Bréfritari: Sigríður Pálsdóttir
Viðtakandi: Páll Pálsson
Dagsetning: A-1853-04-24
Skrifað á: Hraungerði  Árn.
Páll var bróðir Sigríðar

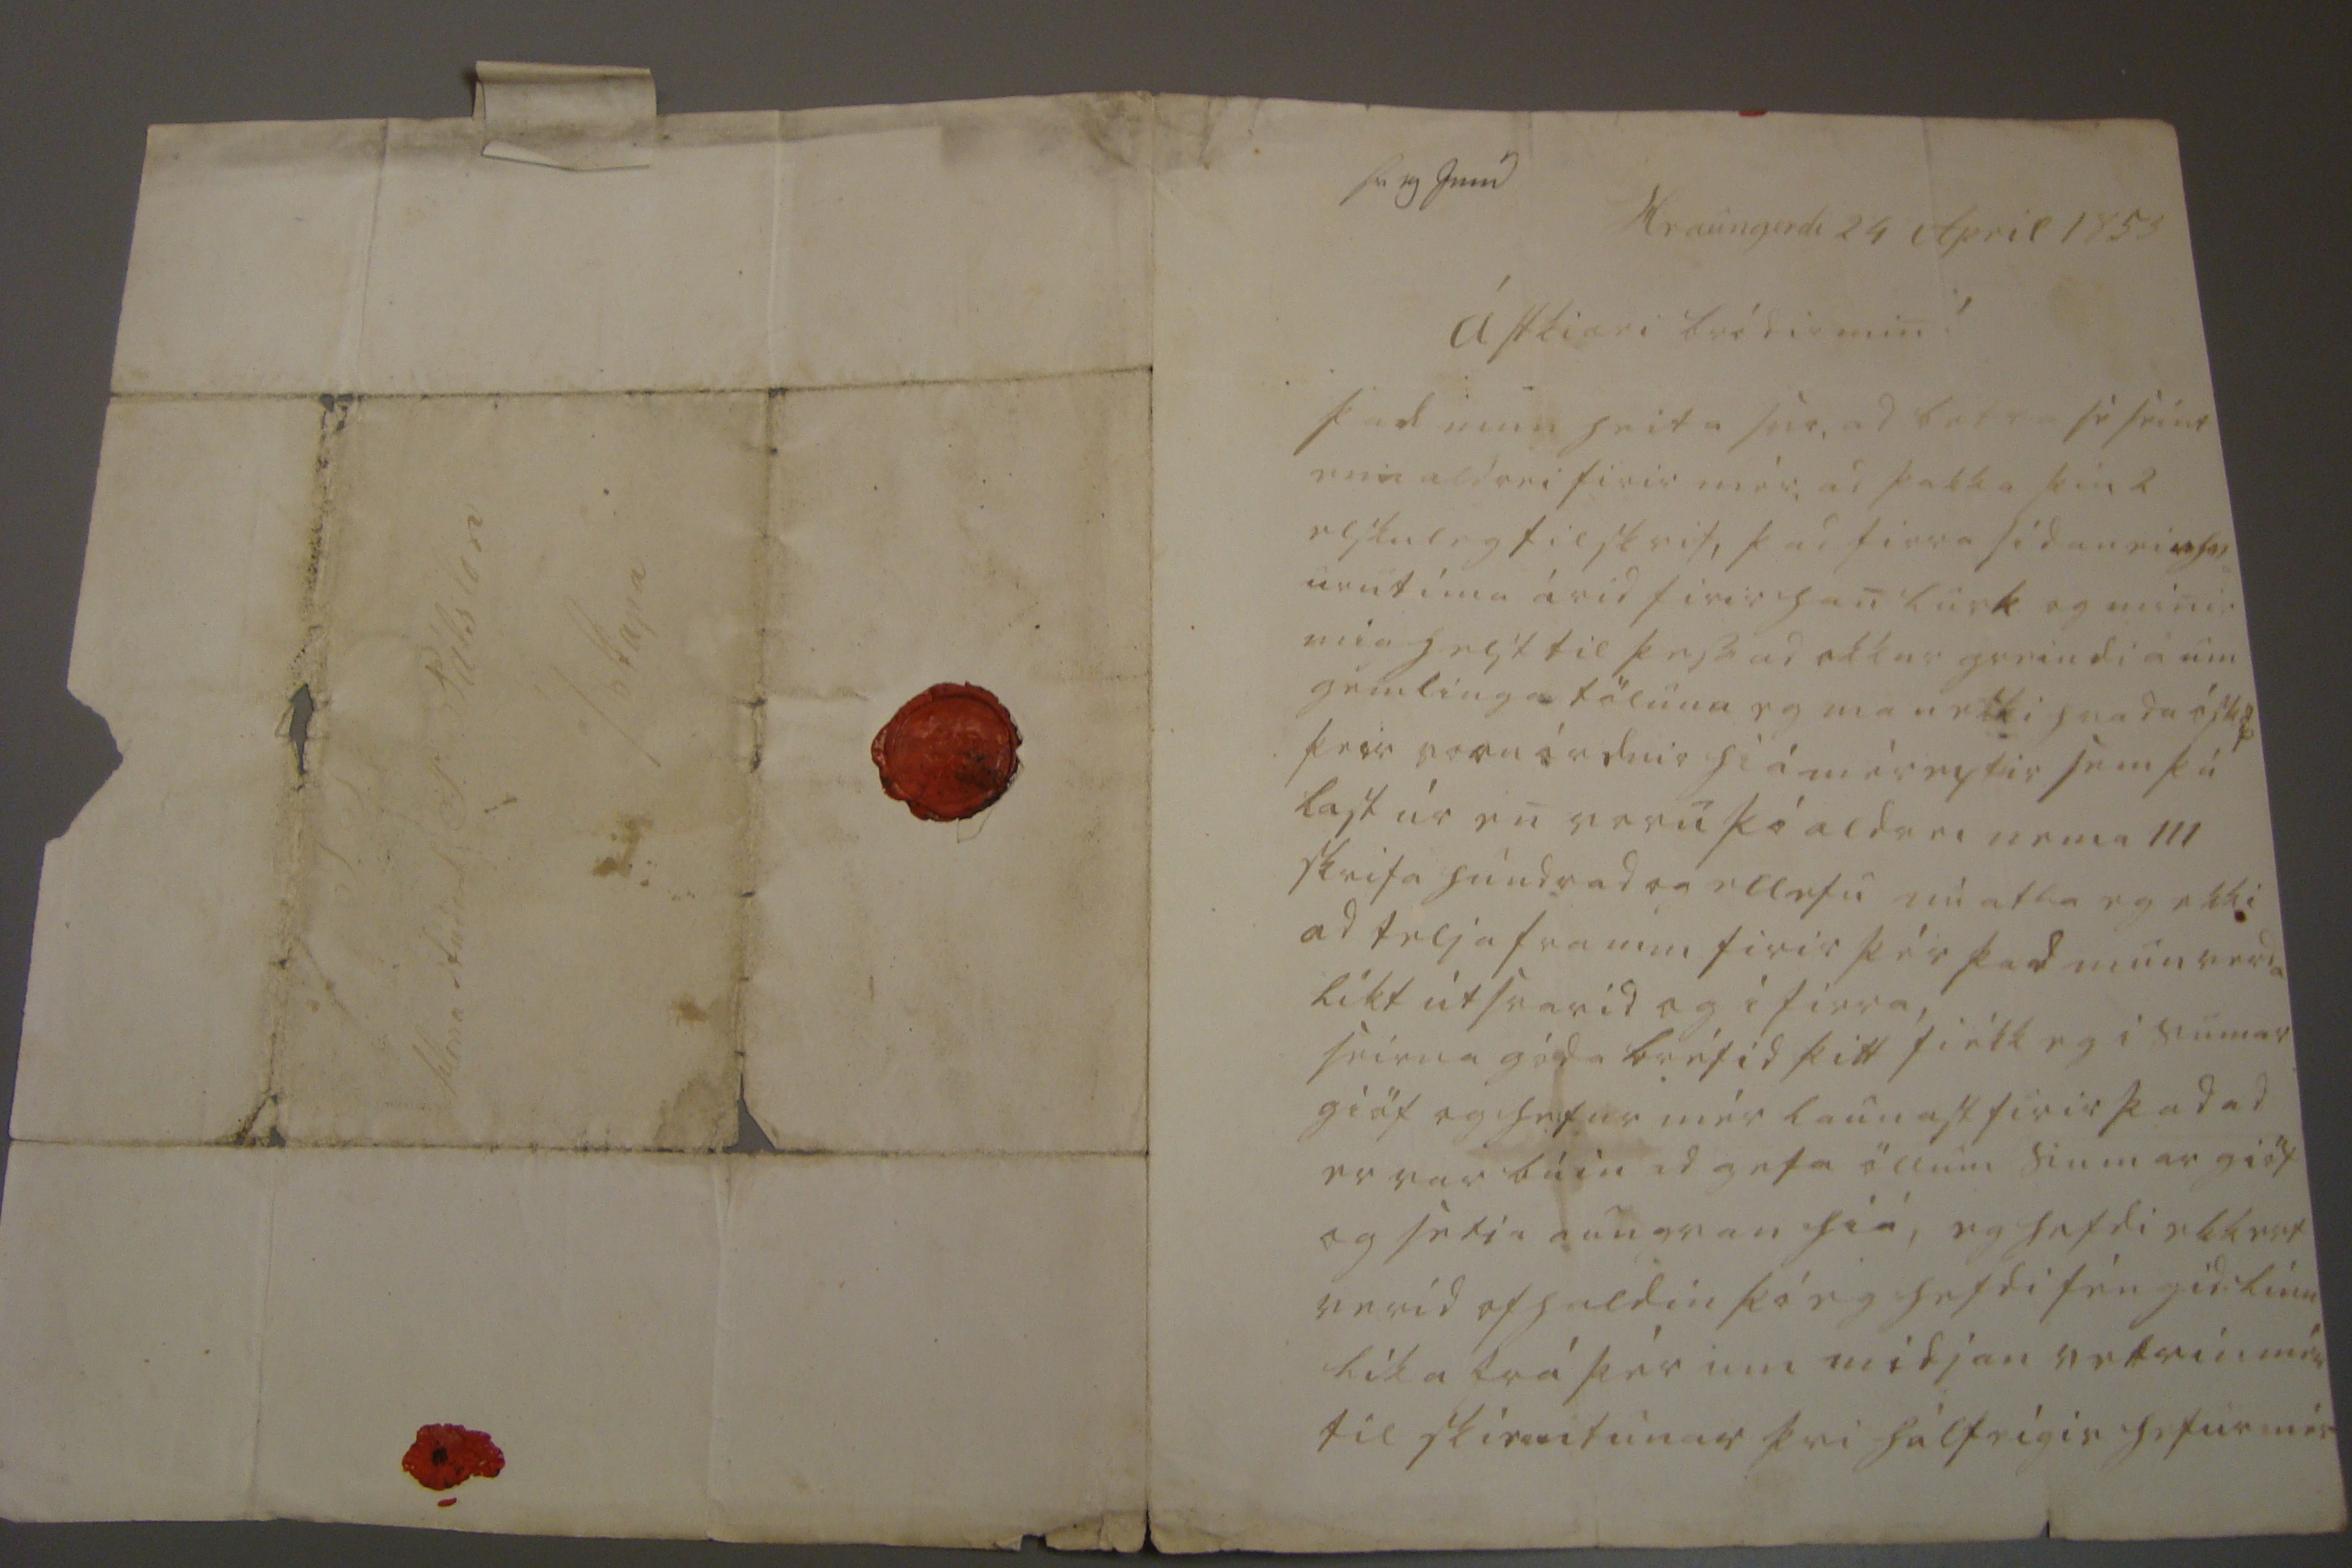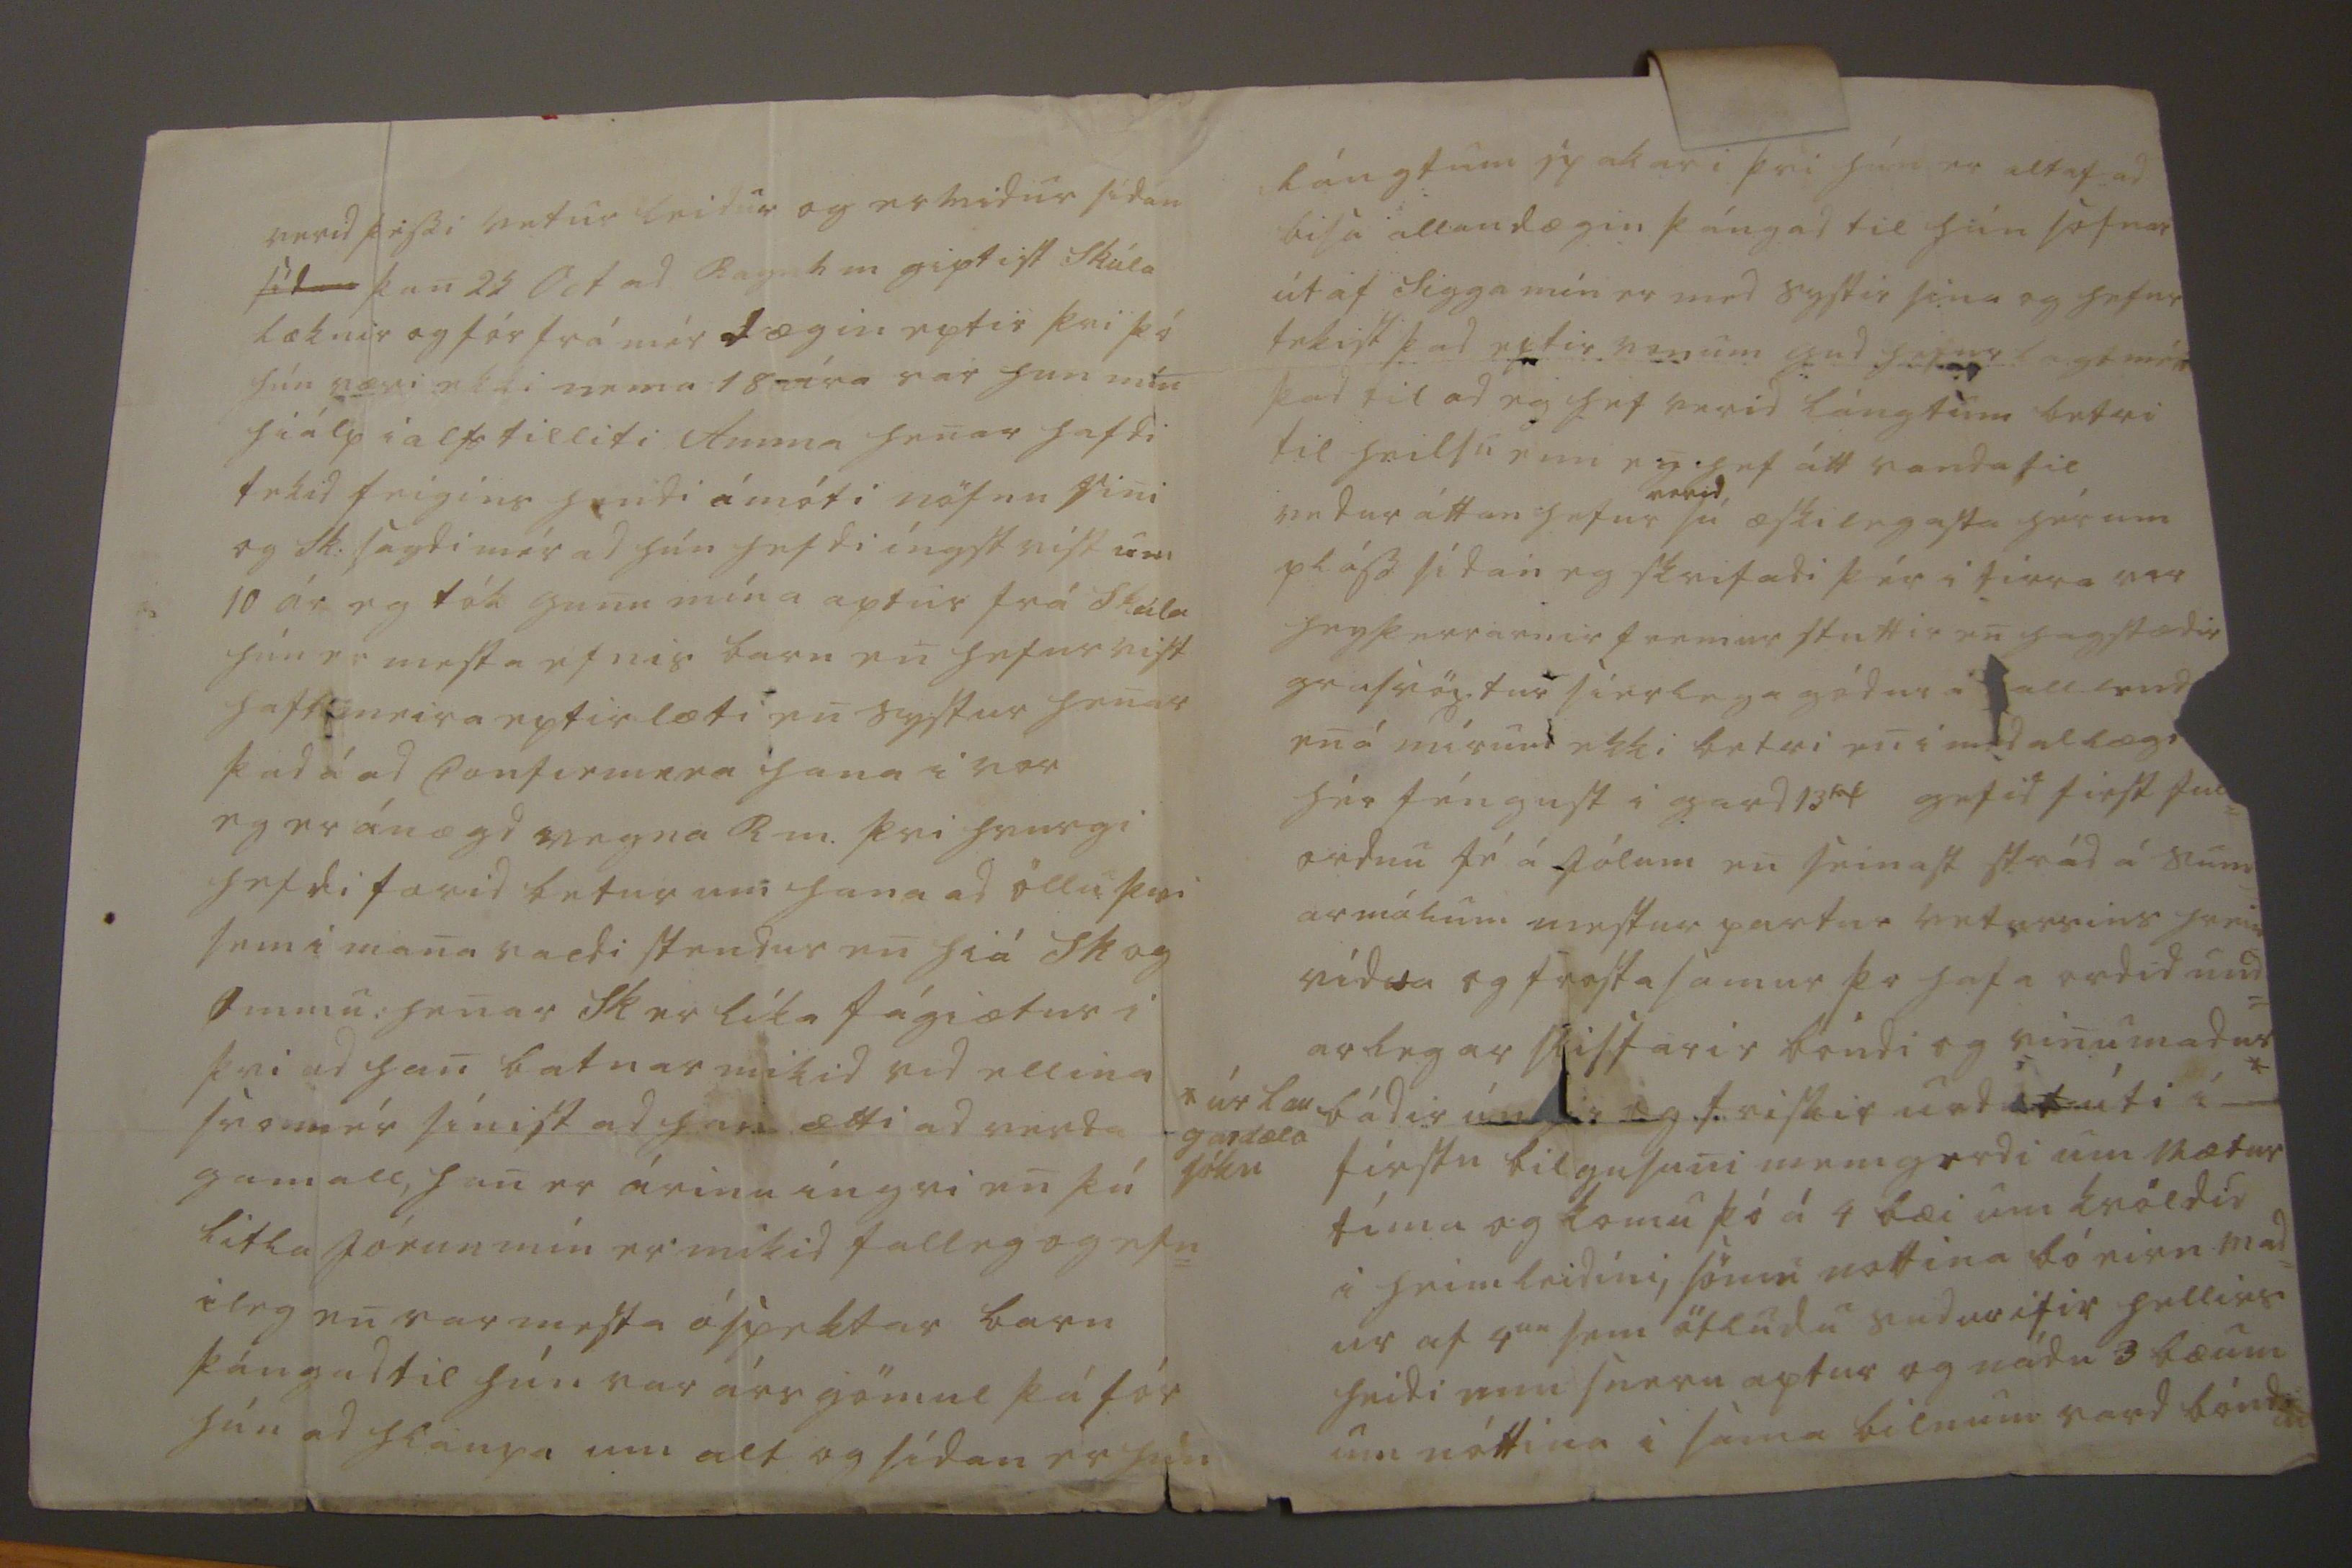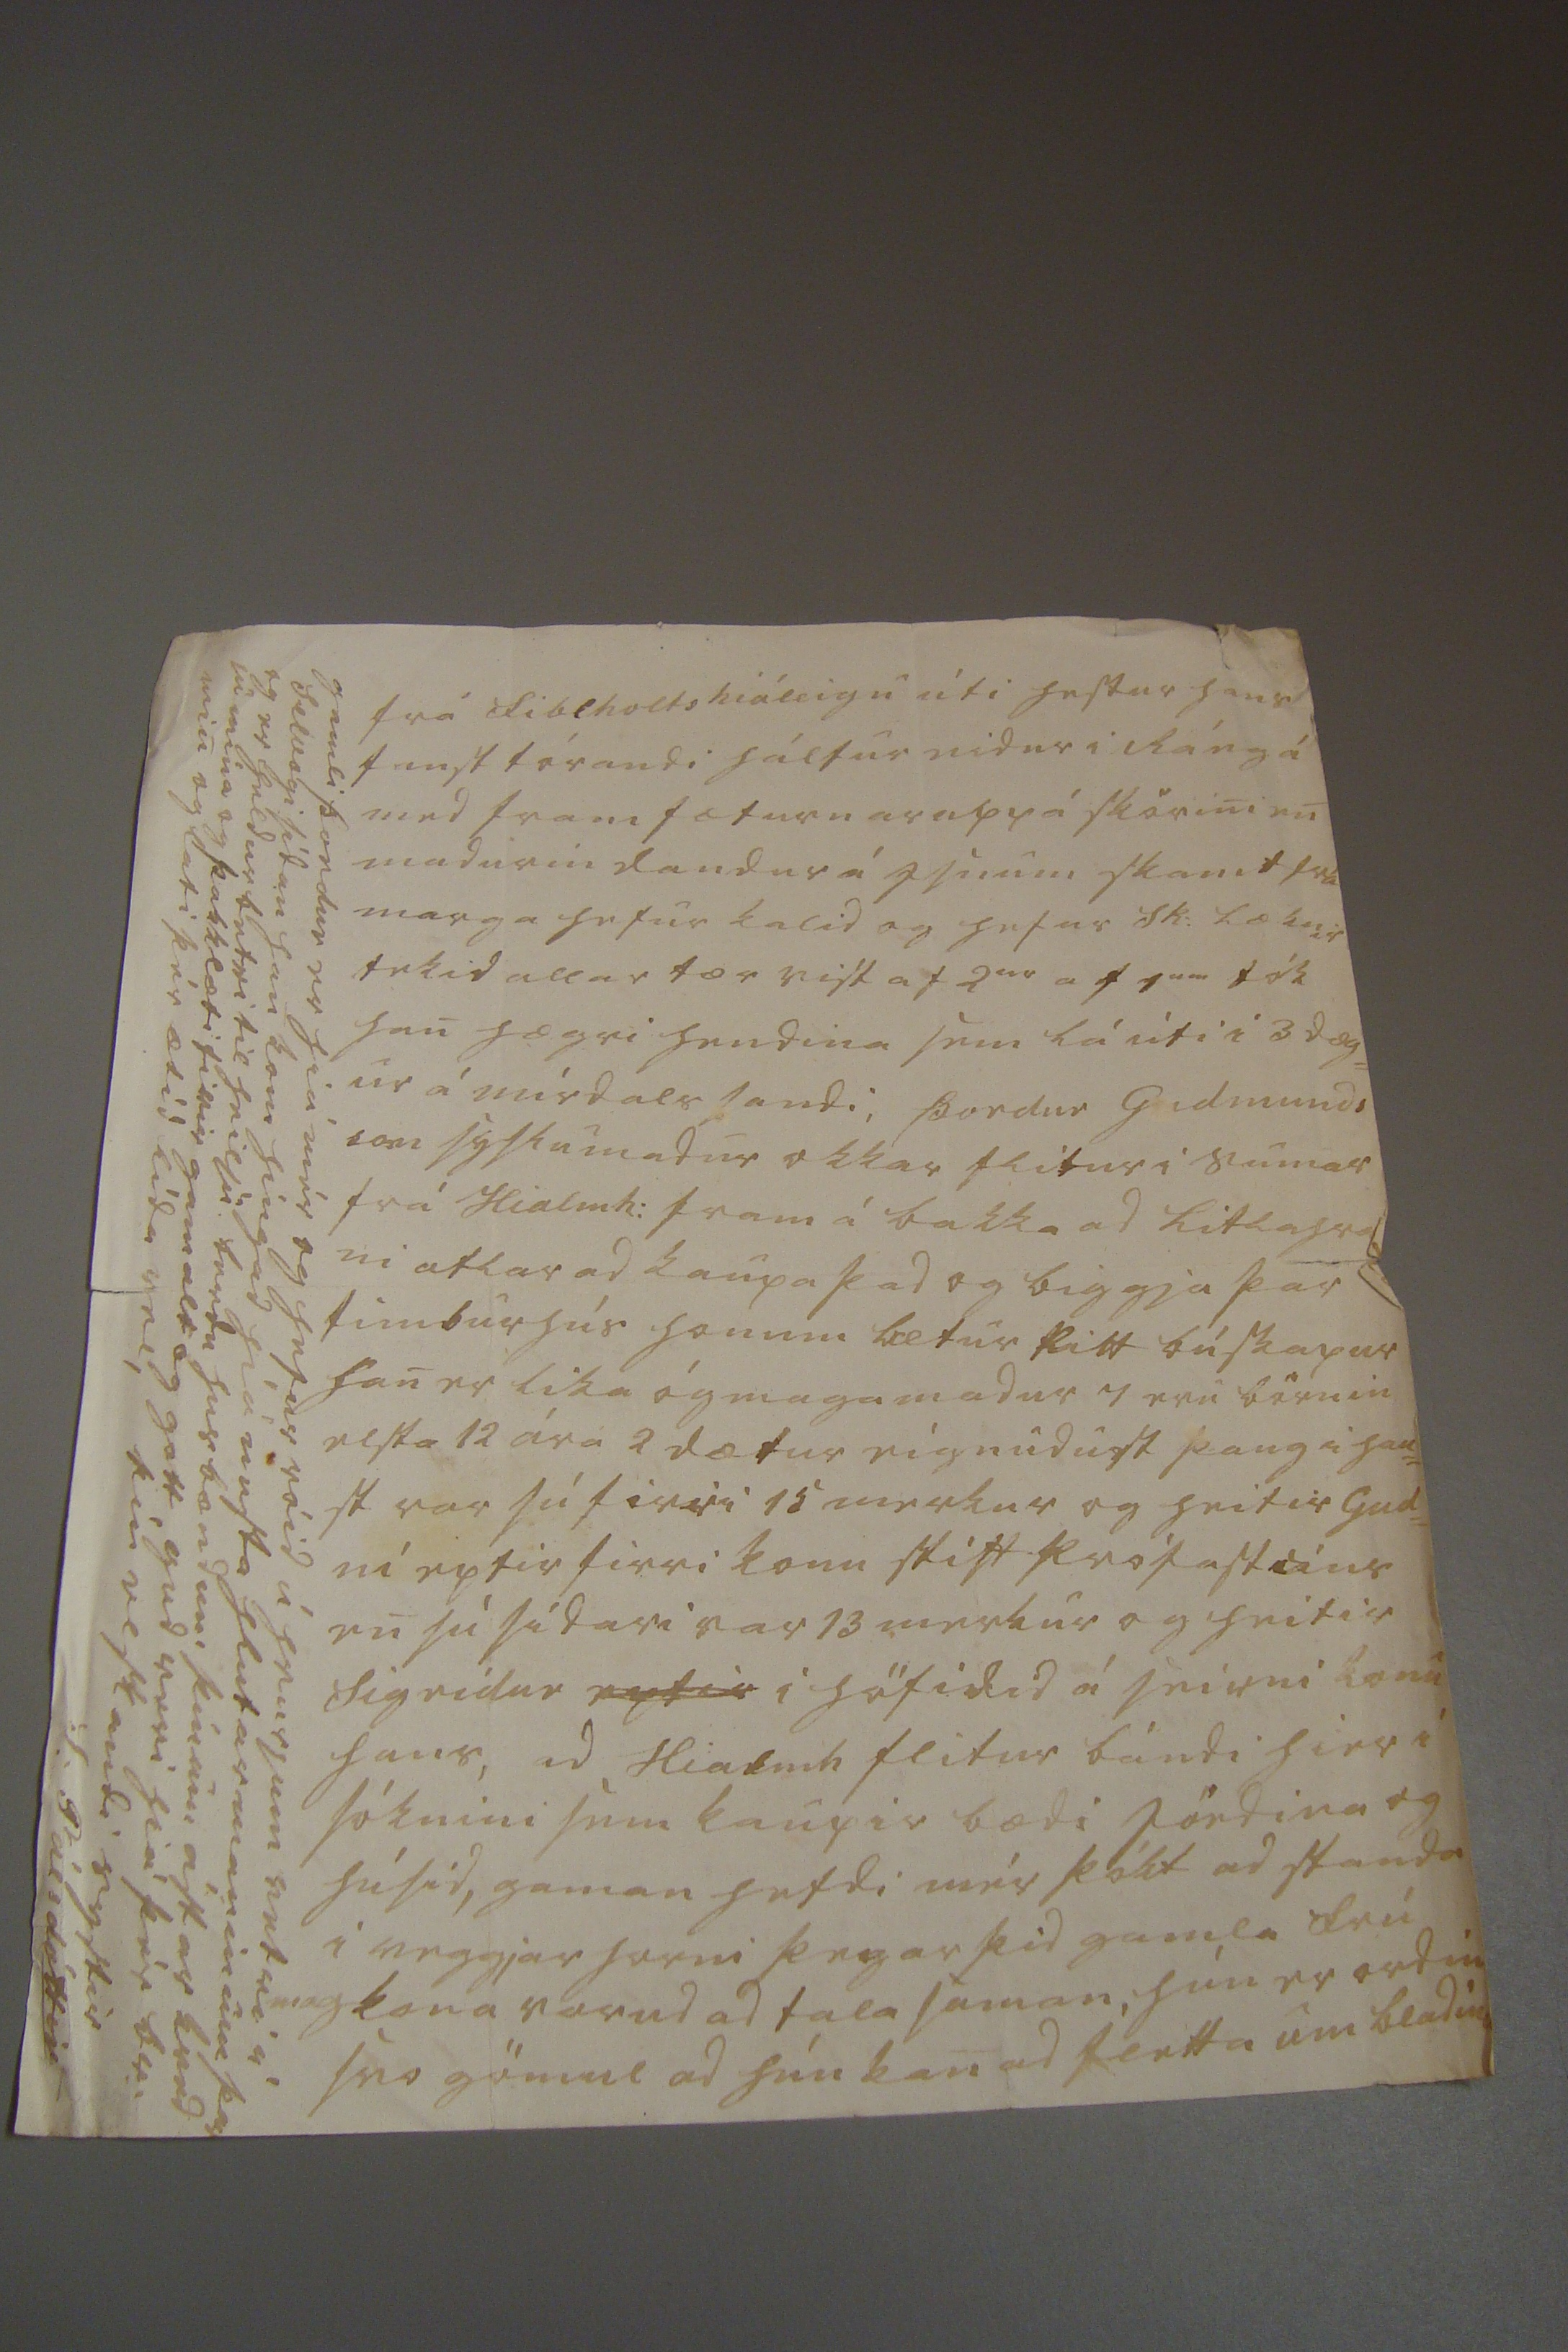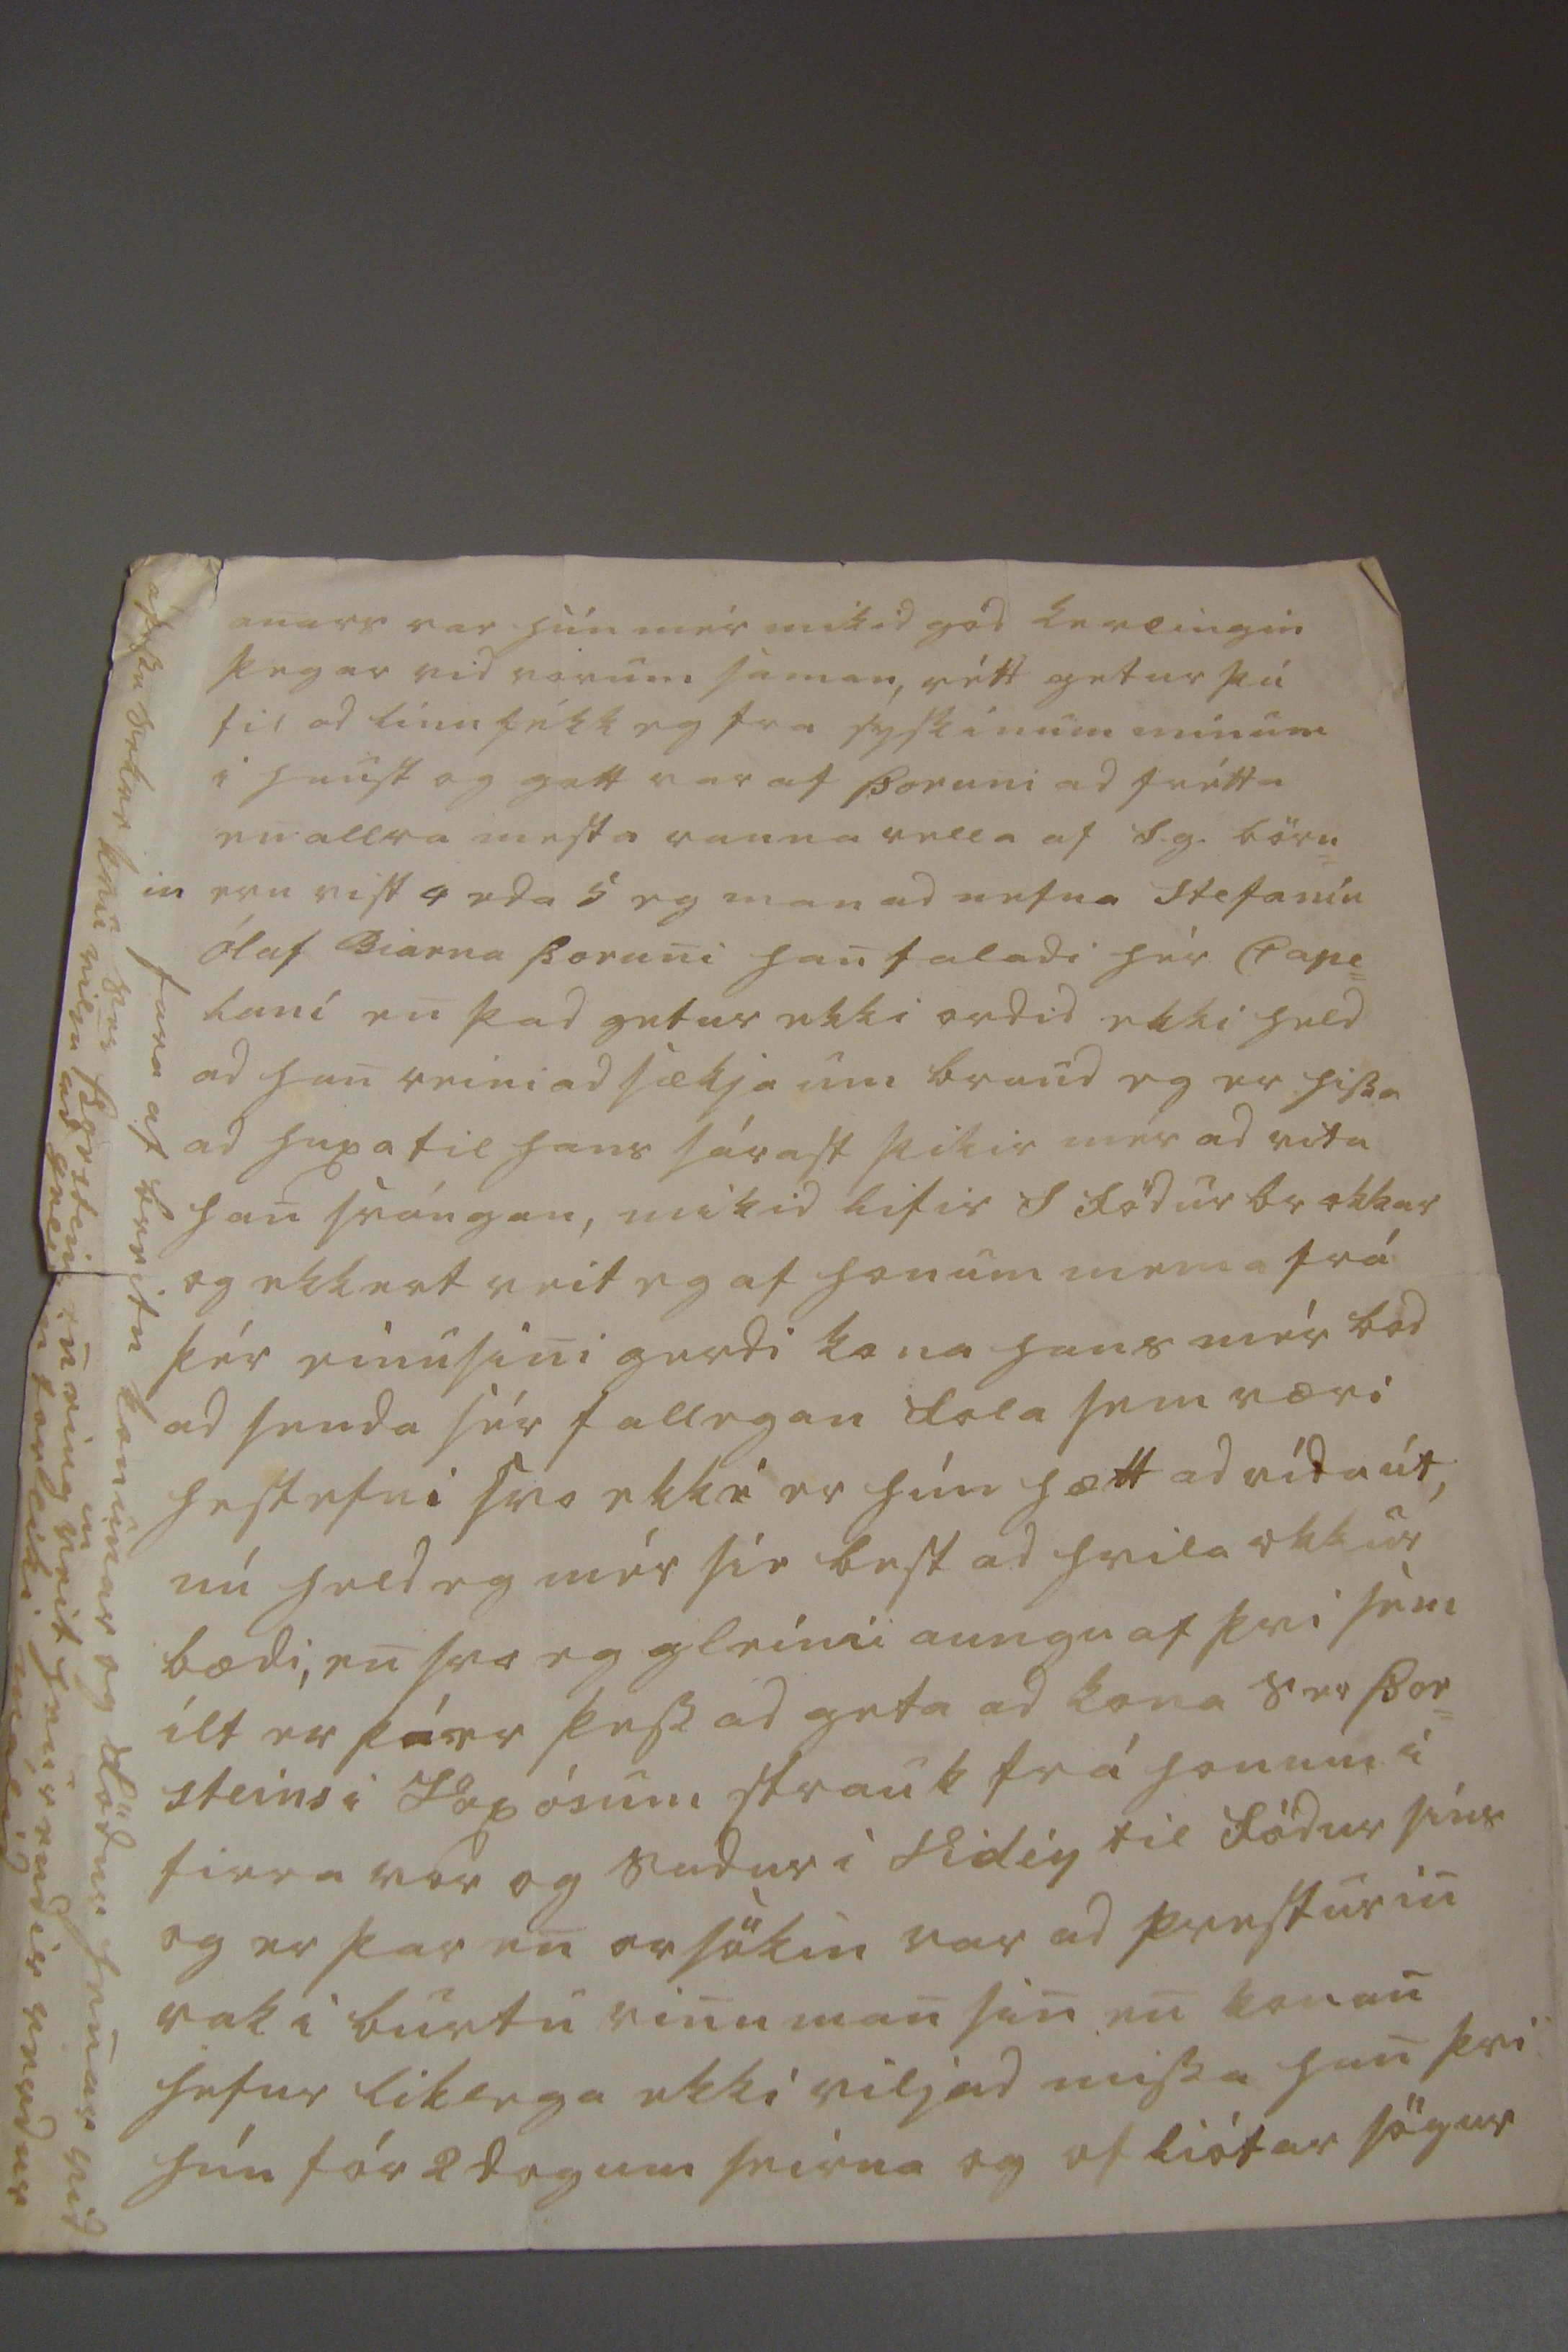

sv 19 Juní
Hraungerdi 24 April 1853
Ástkiæri bródir min !
þad mun heita svo, ad betra sé seint enn aldrei firir mér, ad þakka þín 2 elskuleg tilskrif, þad firra sídan einhv= urntíma árid firir han lurk og minir mig helst til þess ad okkur greindi á um gémlinga töluna eg man ekki hvada óskap þeir voru órdnir hiá mér eptir sem þú last úr en voru þó aldrei nema
111
skrifa hundrad og ellefu nú atla eg ekki ad telja fra um firir þér þad mun verda líkt útsvarid og i firra, seirna góda bréfid þitt fiékk eg i sumar giöf og hefur mér launast firir þad ad er var búin ad gefa öllum sumar giöf og setja aungvan hiá, eg hefdi ekkert verid ofhaldin þó eg hefdi féngid línu líka frá þér um midjan vetrin mér til skíemtunar þvi hálfeigis hefur mér
verid þessi vetur leidur og er midur sídan
sídan
þan 25 Oct ad Ragnh m giptist Skúla læknir og fór frá mér dægin eptir þvi þó hún væri ekki nema 18 ára var hun mín hiálp ialfs tilliti Amma henar hafdi tekid feigins hendi á móti nöfnu sini og Sk: sagdi mér ad hún hefdi íngst víst um 10 ár eg tók gunu mína aptur frá Skúla hún er mesta efnis barn en hefur vist haft meira eptirlæti en systur henar þad á ad Confirmera hana i vor eg er ánægd vegna R m. þvi hvurgi hefdi farid betur um hana ad öllu þvi sem i mana valdi stendur en hiá Sk og Ömmu: henar Sk er líka fágiætur i þvi ad han batnar mikid vid ellina svo mér sínist ad han ætti ad verda gamall, han er árinu íngri en þú litla Jórun mín er mikid falleg og efn= ileg en var mesta óspektar barn þángad til hún var árs gömul þá fór hún ad hlaupa um alt og sídan er hún
lángtum spakari þvi hún er altaf ad bisa allandægin þángad til hún sofnar út af Sigga mín er med systir sina og hefur tekist þad eptir vonum gud hefur lagt mér þad til ad eg hef verid lángtum betri til heilsu enn eg hef átt vanda til vedur áttan hefur
verid
sú æskilegasta hér um pláss sídan eg skrifadi þér i firra vor heyþerrarnir fremur stuttir en hagstædir grasvöxtur sierlega gódur á vall lend en á mírum ekki betri en i medallægi hér féngust i gard 13
00
gefid first
full=
ordnu fé á Jólum en seinast strád á sum= armálum mestur partur þo hafa ordid und= arlegar slisfarir bóndi og vinumadur* bádir úngir og friskir urdu
út
úti í firstu
bilgusuni memgerdi
um nætur tíma og komu þó á 4 bæi um kvöldid i heimleidíni, sömu nottina dó eirn mad= ur af 4
um
sem ötludu sudur ifir hellirs heidi enn sneru aptur og nádu 3 bæum um nóttina i sama bilnum vard bóndin
* úr lau gardæla sókn
S. T. Herra Stúdent P: Pálsson á / Stapa
frá Fiblholtshiáleigu úti hestur hans fanst tórandi hálfur nidur i Rángá med fram fæturnar uppá skörini en madurin daudur á Isnum skamt frá marga hefur kalid og hefur Sk: læknir tekid allar tær vist af 2
ur
af 1
um
tók han hægri hendina sem lá úti i 3 dæg= ur á mírdals sandi, Þordur Gudmunds son syslumadur okkar flitur i sumar frá Hialmh: fram á bakka ad litlahra
u
ni atlar ad kaupa þad og biggja þar timburhús honum lætur
þitt
búskapur han er likas ógmagamadur 4 eru börnin elsta 12 ára 2 dætur eignudust þaug i hau= st var sú firri 15 merkur og heitir Gud= ní eptir firri konu stift prófastsíns en sú sídari var 13 merkur og heitir Sigrídur
eptir
i höfidid á seirni konu hans, ad Hialmh flitur bóndi hier í sóknini sem kaupir bædi jördina og húsid, gaman hefdi mér þókt ad standa i veggjar horni þegar þid gamla frú magkona vorud ad tala saman, hún er ordin svo gömul ad hún kan ad fletta um bladinu
gamli þordur er hiá mér og hefur róid i hvurjum vetri í Selvogi sídan han kom híngad hiá nesta hlutarmaninum þar og er heldur betri til heilsu. berdu husbændum þínum ástar kved ju mína og þakklæti firir gamalt og gott, gud veri hiá þér br: min og lati þér ætíd lída vel, þín elskandi systir S: Pálsdóttir
anars var hún mér mikid gód kerlingin þegar vid vorum saman, rétt getur þú til ad línu fékk eg fra syskinum mínum i haust og gott var af Þoruni ad frétta en allra mesta rauna vella af S.g. börn= eru vist 4 eda 5 eg man ad nefna Stefaníu Ólaf Biarna Þoruni han taladi hér Cape= luni en þad getur ekki ordid ekki held ad han reini ad sækja um braud eg er hissa ad huxa til hans sárast þikir mér ad vita han svángan, mikid lifir S födur br okkar og ekkert veit eg af honum nema frá þér einusini gerdi kona hans mér bod ad senda sér fallegan fola sem væri hestefni svo ekki er hún hætt ad rída út, nú held eg mér síe best ad hvila okkur bædi, en svo eg gleimi aungu af þvi sem ilt er þíer þess ad geta ad kona Ser Þor= steins i Voxósum strauk frá honum í firra vor og sudur i Vidéy til födur síns og er þar en orsökin var ad presturin rak i burtu vinuman sin en konan hefur liklega ekki viljad missa han þvi hún fór 2 dogum seirna og of liótar sögur
fara af breitu konunar og födur henar vid S
er
Þorsteins en eing
in
veit hvur endir verdur á þessu sekur kvu vilja ad
gel0in
torleiki málid